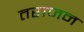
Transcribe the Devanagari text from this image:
तराजन